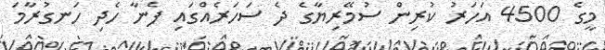
މީގެ 4500 އަހަރު ކުރިން ސުމޭރިޔާގެ ދެ ސަހަރެއްގައި ފެނާ ހެދި ހަނގުރާމަ